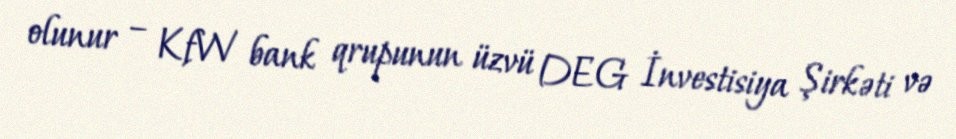
olunur – KfW bank qrupunun üzvü DEG İnvestisiya Şirkəti və